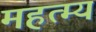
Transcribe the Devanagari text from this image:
महत्म्य